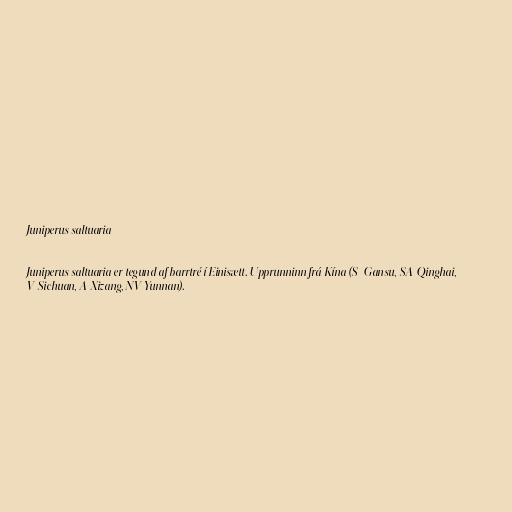
Juniperus saltuaria

Juniperus saltuaria er tegund af barrtré í Einisætt. Upprunninn frá Kína (S–Gansu, SA-Qinghai,
V-Sichuan, A-Xizang, NV-Yunnan).